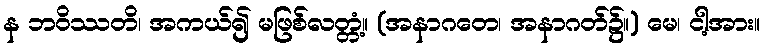
န ဘဝိဿတိ၊ အကယ်၍ မဖြစ်လတ္တံ့။ (အနာဂတေ၊ အနာဂတ်၌။) မေ၊ ငါ့အား။